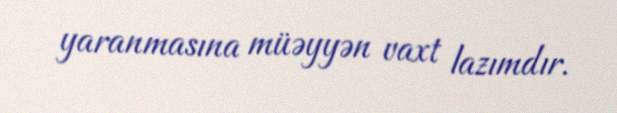
yaranmasına müəyyən vaxt lazımdır.